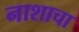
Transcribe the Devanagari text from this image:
नाशाचा